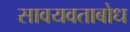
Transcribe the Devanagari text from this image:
सावयवताबोध